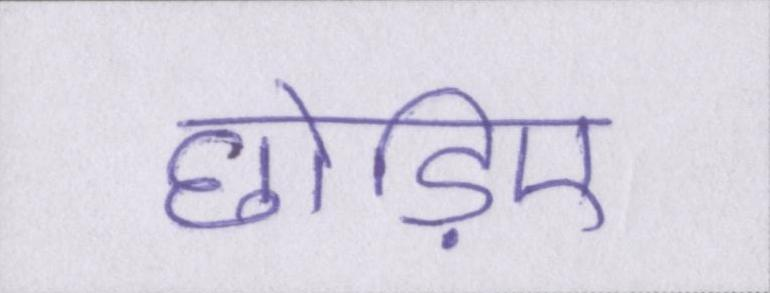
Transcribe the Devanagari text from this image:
छोड़िए